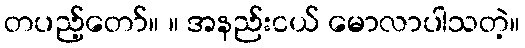
တပည့်တော်။ ။ အနည်းငယ် မောလာပါသတဲ့။